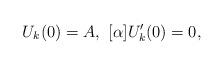
LaTeX: \begin{align*}U_k(0)=A,\,\,[\alpha] U_k'(0)=0,\end{align*}